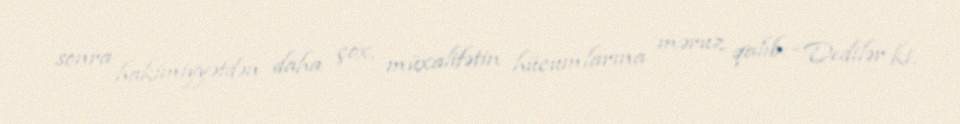
sonra hakimiyyətdən daha çox, müxalifətin hücumlarına məruz qalıb: “Dedilər ki,